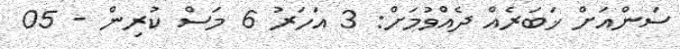
ސަންއަށް ޚަބަރެއް ދެއްވުމަށް: 3 އަހަރު 6 މަސް ކުރިން - 05